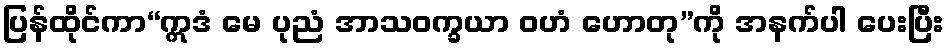
ပြန်ထိုင်ကာ“ဣဒံ မေ ပုညံ အာသဝက္ခယာ ဝဟံ ဟောတု”ကို အနက်ပါ ပေးပြီး